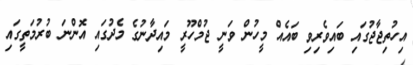
އިހުތިޖާޖުގައި ބައިވެރިވި ބައެއް މީހުން ވަނީ ޖުމްހޫރީ މައިދާނުގެ މެދުގައި އޮންނަ ބުރުމަތީގައި